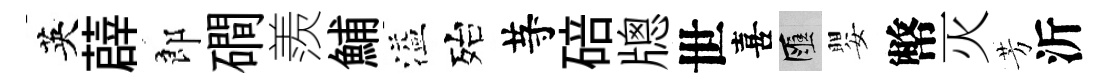
英薜郎磵羨鯆溢殆䒭碚牕世喜匯嬰幣灭芳沂